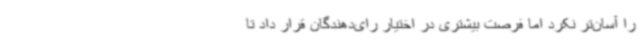
را آسان‌تر نکرد اما فرصت بیشتری در اختیار رای‌دهندگان قرار داد تا